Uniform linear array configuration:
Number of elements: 8
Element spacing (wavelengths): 0.75
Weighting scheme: exponential
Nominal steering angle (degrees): -15
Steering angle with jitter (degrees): -13.014
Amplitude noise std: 0.05
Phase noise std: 0.05

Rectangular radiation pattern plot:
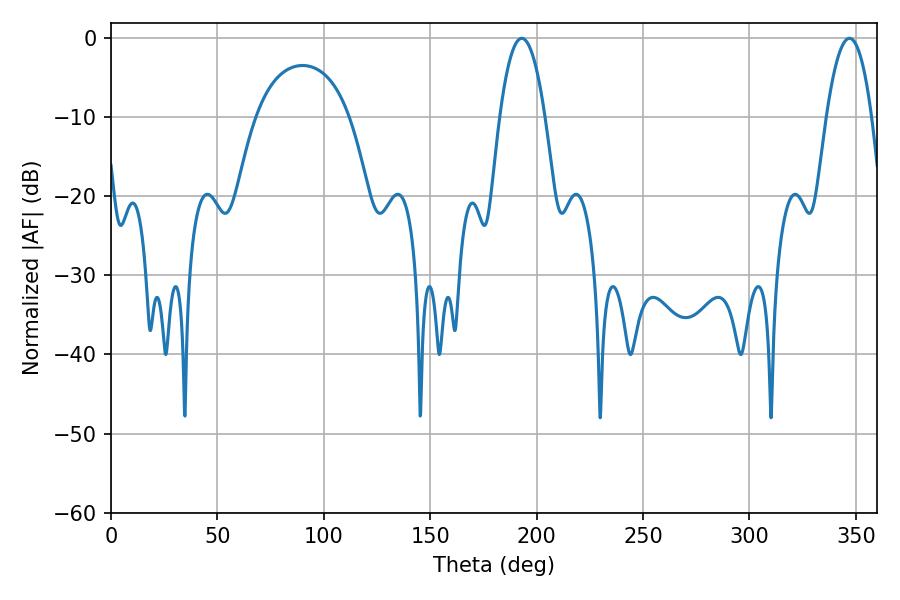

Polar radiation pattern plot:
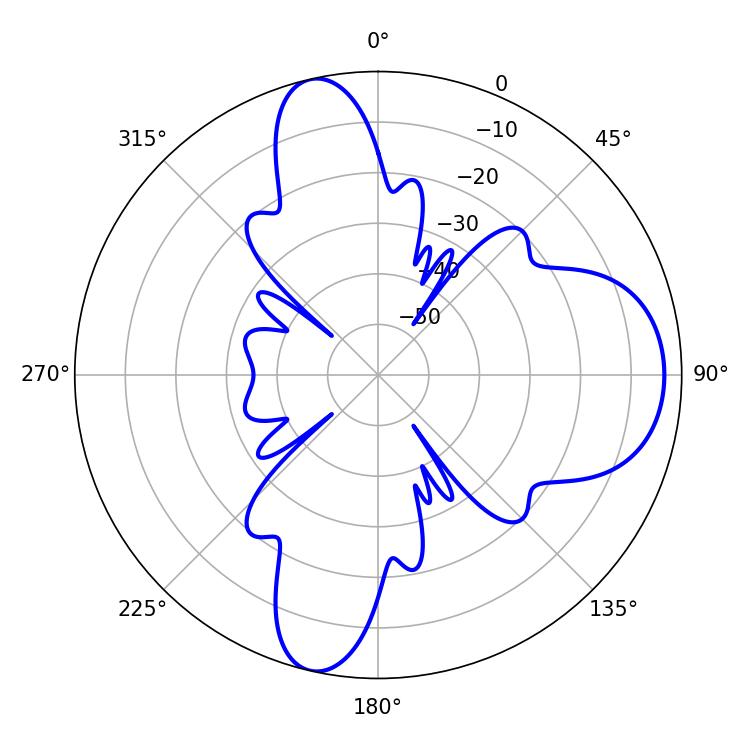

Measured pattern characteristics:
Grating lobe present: TRUE
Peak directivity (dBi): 11.204
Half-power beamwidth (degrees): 11.7
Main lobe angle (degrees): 347.04